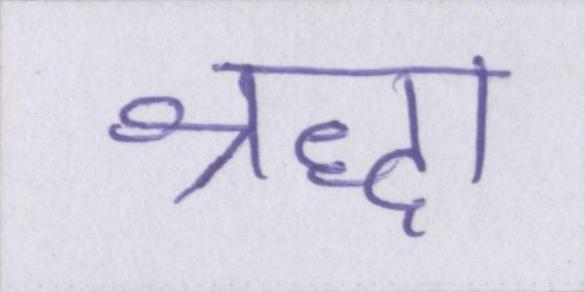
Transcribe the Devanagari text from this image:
श्रद्धा